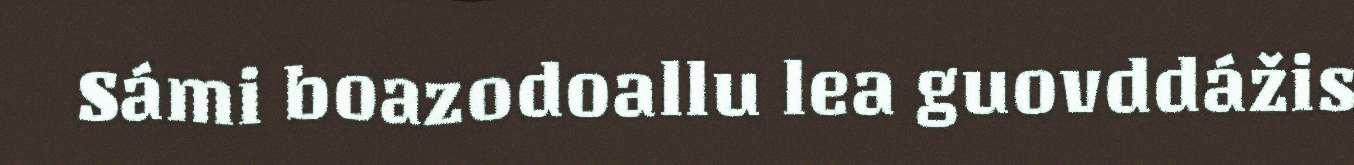
Sámi boazodoallu lea guovddážis